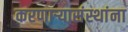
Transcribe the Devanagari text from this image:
करणाऱ्यासंस्थांना